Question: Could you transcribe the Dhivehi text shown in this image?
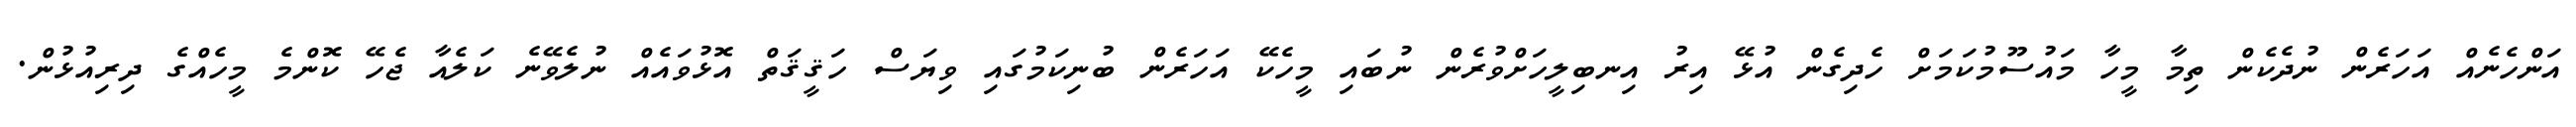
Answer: އަންހެނެއް އަހަރެން ނުދެކެން ތިމާ މީހާ މައުސޫމުކަމަށް ހެދިގެން އުޅޭ އިރު އިނބިލީހަށްވުރެން ނުބައި މީހެކޭ އަހަރެން ބުނިކަމުގައި ވިޔަސް ހަޤީޤަތް އޮޅުވައެއް ނުލެވޭނެ ކަލެއާ ޖެހޭ ކޮންމެ މީހެއްގެ ދިރިއުޅުން.